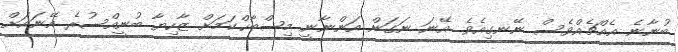
ބުނާނެ އެއްޗެއްވެސް ނޭނގިއެވެ. އޭނަ ނަގަން އަންނާނީ މިޞްބާޙްކަމަށް ޒާހިޔާ ބުނީއްސުރެ އޭނައަށް